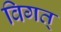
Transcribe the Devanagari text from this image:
विगत्